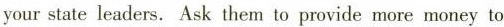
your state leaders. Ask them to provide more money to